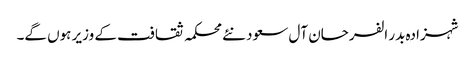
شہزادہ بدر الفرحان آل سعود نئے محکمہ ثقافت کے وزیر ہوں گے۔